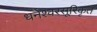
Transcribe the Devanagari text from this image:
धनेश्वरसूरिकृत